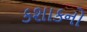
કશાકનો